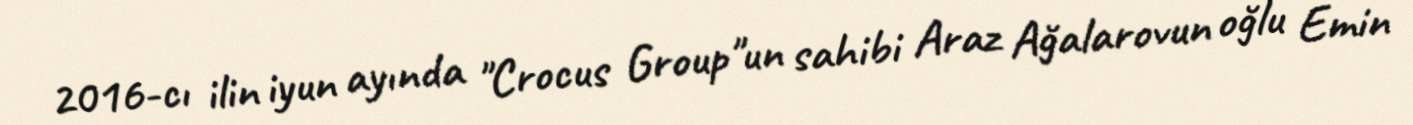
2016-cı ilin iyun ayında "Crocus Group"un sahibi Araz Ağalarovun oğlu Emin